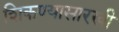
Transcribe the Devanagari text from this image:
शिकण्यासारखी